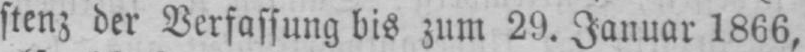
stenz der Verfassung bis zum 29. Januar 1866,